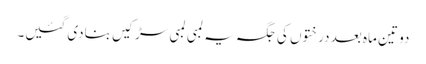
دو تین ماہ بعد درختوں کی جگہ یہ لمبی لمبی سڑکیں بنادی گئیں۔